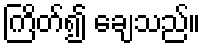
ကြိတ်၍ ချေသည်။